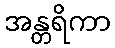
အန္တရိကာ